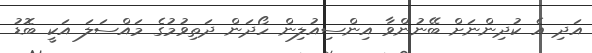
އަދި އެ ކުދިންނަށް ބޭނުންވާ އިންސިއުލިން ހޯދަން ދަތިވުމުގެ މައްސަލަ އަކީ ބޮޑު